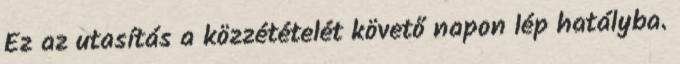
Ez az utasítás a közzétételét követő napon lép hatályba.